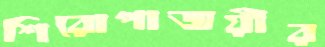
শিরোপাজয়ীর